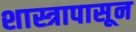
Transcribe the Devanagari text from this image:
शास्त्रापासून